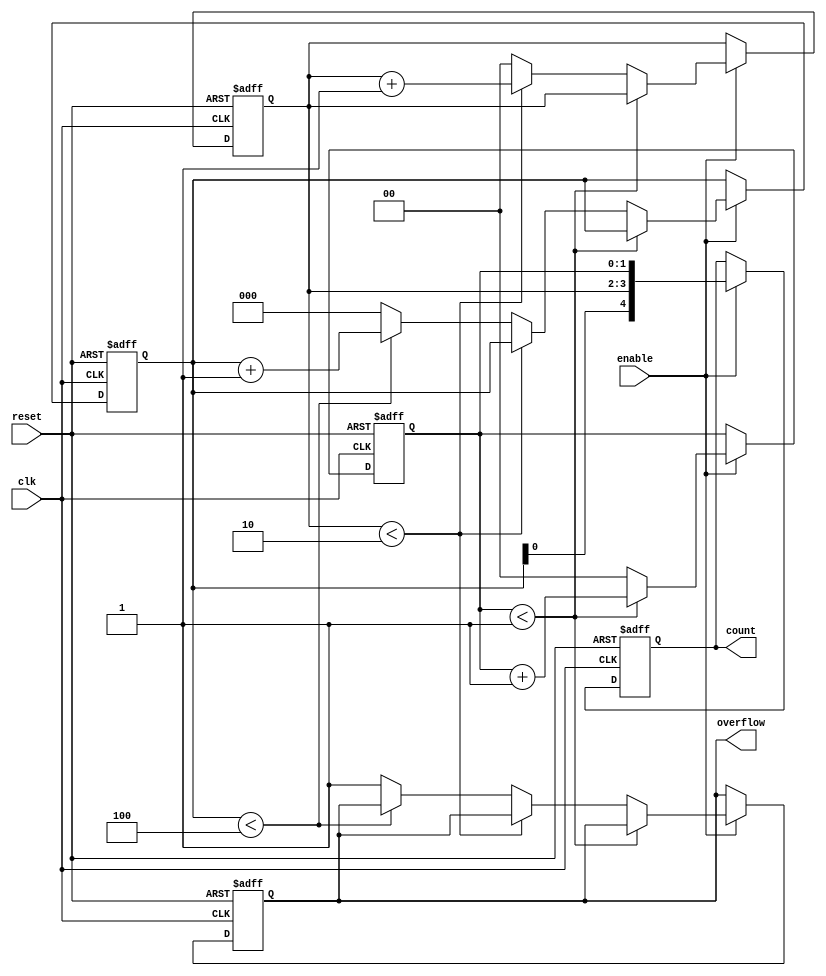
module MixedRadixCounter (
    input wire clk,             // Clock input
    input wire reset,           // Asynchronous reset
    input wire enable,          // Enable signal
    output reg [4:0] count,     // Current count (up to 30 for radix [2, 3, 5])
    output reg overflow         // Overflow indicator
);

    // Define the radix values for each digit
    localparam RADIX_0 = 2;  // Least significant digit
    localparam RADIX_1 = 3;  
    localparam RADIX_2 = 5;  // Most significant digit

    // Internal registers for each radix digit
    reg [1:0] digit_0; // 2 bits for radix 2
    reg [1:0] digit_1; // 2 bits for radix 3
    reg [2:0] digit_2; // 3 bits for radix 5

    // Maximum count value
    localparam MAX_COUNT = RADIX_0 * RADIX_1 * RADIX_2 - 1;

    // Count logic
    always @(posedge clk or posedge reset) begin
        if (reset) begin
            // Reset all digits to zero
            digit_0 <= 2'b00;
            digit_1 <= 2'b00;
            digit_2 <= 3'b000;
            count <= 5'b00000;
            overflow <= 1'b0;
        end else if (enable) begin
            // Increment the least significant digit
            if (digit_0 < RADIX_0 - 1) begin
                digit_0 <= digit_0 + 1;
            end else begin
                digit_0 <= 2'b00; // Reset LSD
                // Increment the next digit
                if (digit_1 < RADIX_1 - 1) begin
                    digit_1 <= digit_1 + 1;
                end else begin
                    digit_1 <= 2'b00; // Reset second digit
                    // Increment the most significant digit
                    if (digit_2 < RADIX_2 - 1) begin
                        digit_2 <= digit_2 + 1;
                    end else begin
                        digit_2 <= 3'b000; // Reset MSD
                        overflow <= 1'b1; // Set overflow
                    end
                end
            end
            // Update the current count
            count <= {digit_2, digit_1, digit_0};
        end
    end

endmodule